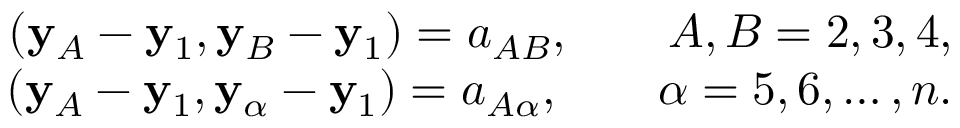
\begin{array} { r } { ( { \bf y } _ { A } - { \bf y } _ { 1 } , { \bf y } _ { B } - { \bf y } _ { 1 } ) = a _ { A B } , \qquad A , B = 2 , 3 , 4 , } \\ { ( { \bf y } _ { A } - { \bf y } _ { 1 } , { \bf y } _ { \alpha } - { \bf y } _ { 1 } ) = a _ { A \alpha } , \qquad \alpha = 5 , 6 , \ldots , n . } \end{array}